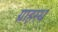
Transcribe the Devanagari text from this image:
ग्राहस्थ